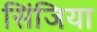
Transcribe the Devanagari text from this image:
सिंजिया